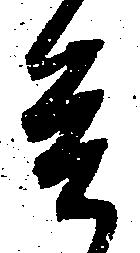
是